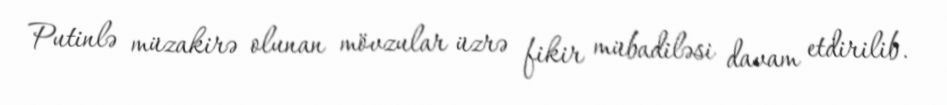
Putinlə müzakirə olunan mövzular üzrə fikir mübadiləsi davam etdirilib.